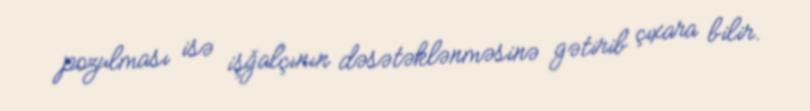
pozulması isə işğalçının dəsətəklənməsinə gətirib çıxara bilir.